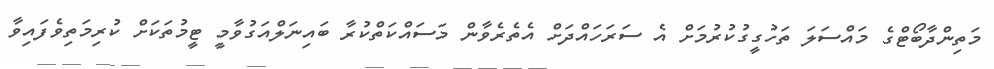
މަތިންދާބޯޓްގެ މައްސަލަ ތަހުގީގުކުރުމަށް އެ ސަރަހައްދަށް އެތެރެވާން މަސައްކަތްކުރާ ބައިނަލްއަގުވާމީ ޓީމުތަކަށް ކުރިމަތިވެފައިވާ